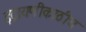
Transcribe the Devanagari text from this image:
इंद्रायणीकाठीच